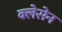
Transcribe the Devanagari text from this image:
क्लेसेन